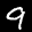
Label: 9